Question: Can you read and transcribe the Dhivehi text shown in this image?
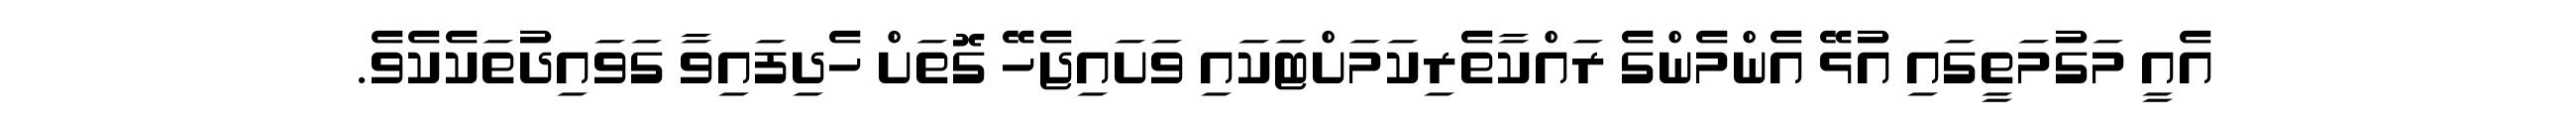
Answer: އެއީ މަގުމަތީގައި އުޅޭ އެންމެންގެ ރައްކާތެރިކަމަށްޓަކައި ވަށައިޖެހޭ ގޮތަށް ހެދިފައިވާ ގަވައިދުތަކެކެވެ.